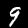
Digit: 9